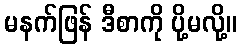
မနက်ဖြန် ဒီစာကို ပို့မလို့။